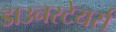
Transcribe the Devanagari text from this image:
डाउनस्टेयर्स